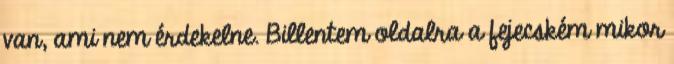
van, ami nem érdekelne. Billentem oldalra a fejecském mikor